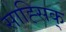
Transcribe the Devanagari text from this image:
साह्सिक्